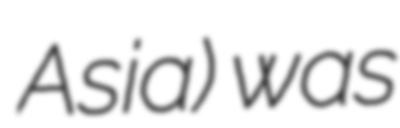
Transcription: Asia) was